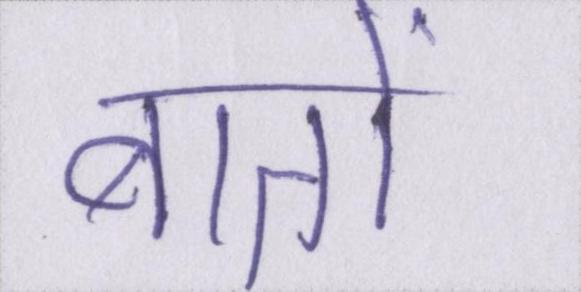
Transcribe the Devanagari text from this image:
बातों